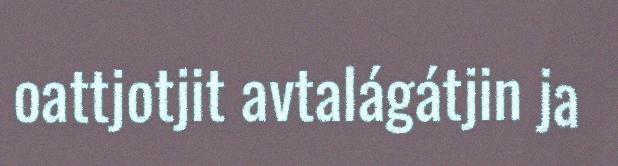
oattjotjit avtalágátjin ja